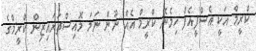
ކްރީމް އަކީ އެސްފީއެފް ހިމެނޭ ކްރީމް އެއް ނޫން ނަމަ މޮއިސްޗަރައިޒިން ކްރީމްގެ